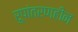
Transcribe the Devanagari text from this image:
रूपांतरणहीन